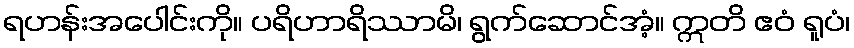
ရဟန်းအပေါင်းကို။ ပရိဟာရိဿာမိ၊ ရွက်ဆောင်အံ့။ ဣတိ ဧဝံ ရူပံ၊